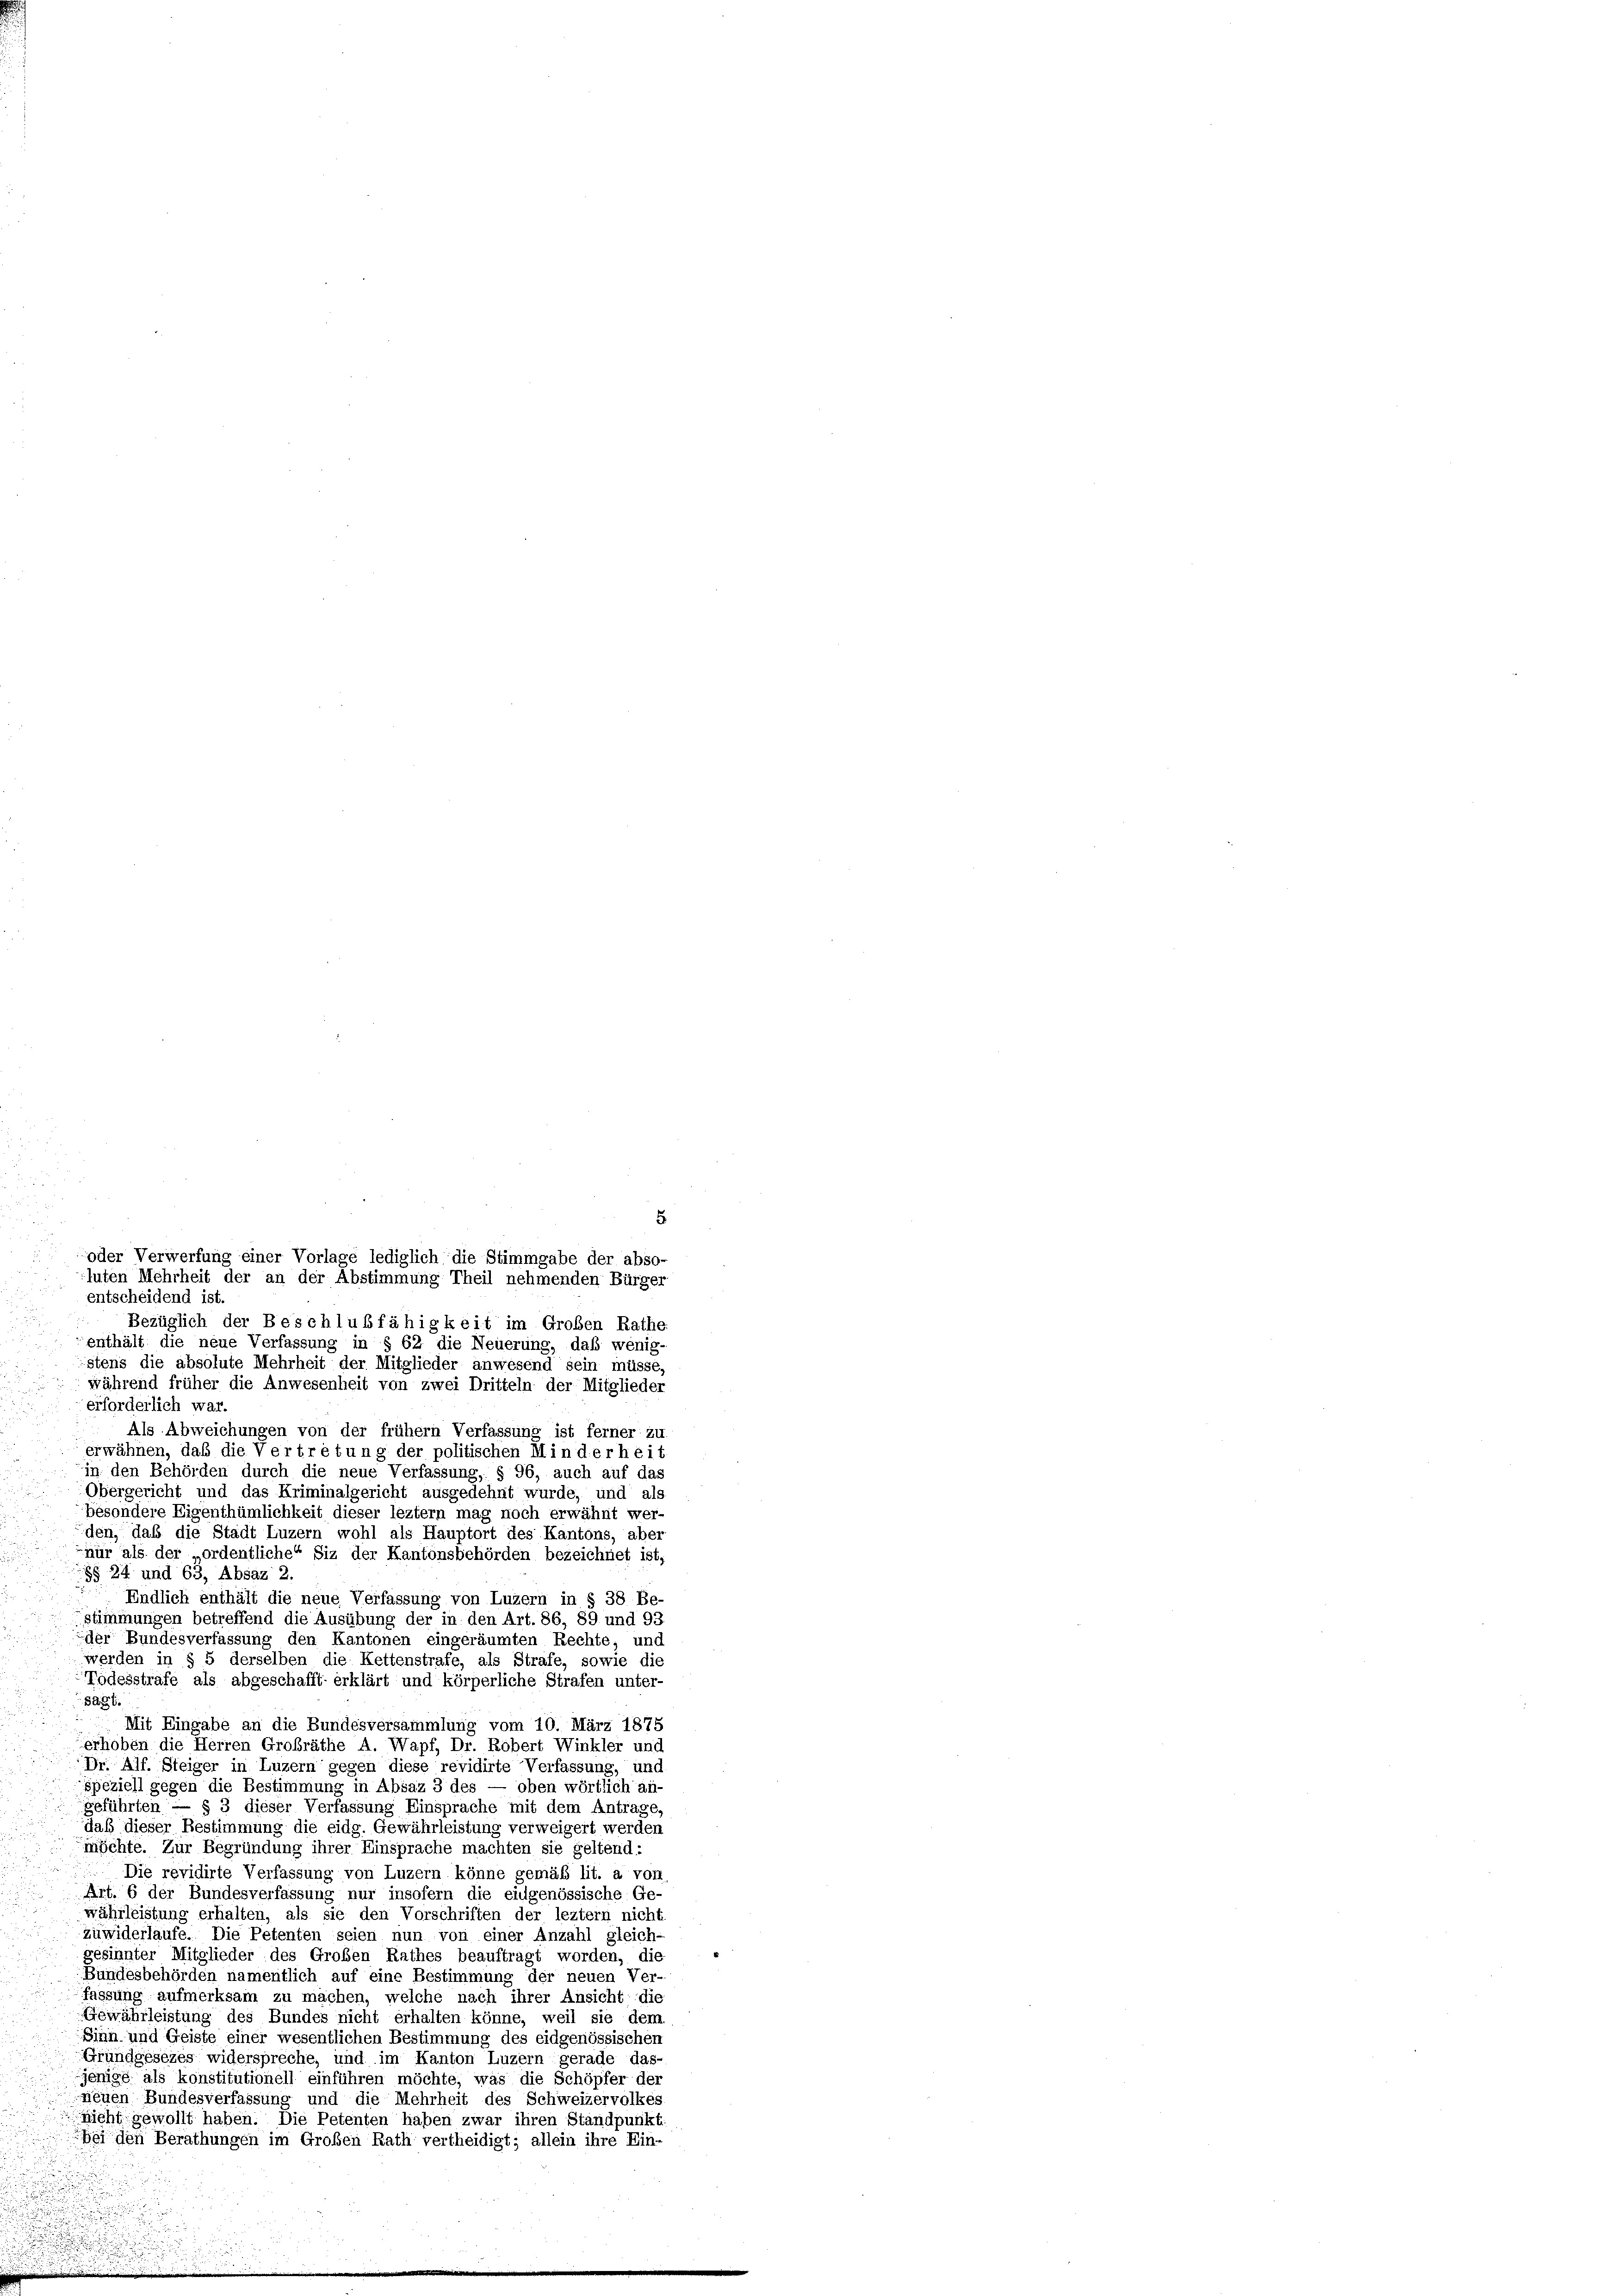
i
5
entscheidend ist.
Bezüglich der Beschlußfähigkeit im Großen Rathe,
enthält die neue Verfassung in § 62 die Neuerung, daß wenig-
istens die absolute Mehrheit der Mitglieder anwesend sein müsse.
während früher die Anwesenheit von zwei Dritteln der Mitglieder
erforderlich war.
Als Abweichungen von der frühem Verfassung ist ferner zu
erwähnen, daß die Vertretung der politischen Minderheit
in den Behörden durch die neue Verfassung, § 96, auch auf das
Obergericht und das Kriminalgericht ausgedehnt wurde, und als
besondere Eigenthümlichkeit dieser leztem mag noch erwähnt wer-
den, daß die Stadt Luzern wohl als Hauptort des Kantons, aber
nür als der ordentliche“ Siz der Kantonsbehörden bezeichnet ist,
§§ 24 und 63, Absaz 2.
Endlich enthält die neue Verfassung von Luzern in § 38 Be-
stimmungen betreffend die Ausübung der in den Art. 86, 89 und 93
der Bundesverfassung den Kantonen eingeräumten Rechte; und
werden in § 5 derselben die Kettenstrafe, als Strafe, sowie die
Todesstrafe als abgeschafft erklärt und körperliche Strafen unter-
sagt.
Mit Eingabe an die Bundesversammlung vom 10. März 1875
erhoben die Herren Großräthe A. Wapf, Dr. Robert Winkler und
Dr. Alf. Steiger in Luzern gegen diese revidirte Verfassung, und
speziell gegen die Bestimmung in Absaz 3 des — oben wörtlich an-
geführten — § 3 dieser Verfassung Einsprache mit dem Antrage,
daß dieser Bestimmung die eidg. Gewährleistung verweigert werden
möchte. Zur Begründung ihrer Einsprache machten sie geltend:
Die revidirte Verfassung von Luzern könne gemäß lit. a von
Art. 6 der Bundesverfassung nur insofern die eidgenössische Ge-
währleistung erhalten, als sie den Vorschriften der leztem nicht
zuwiderlaufe. Die Petenten seien nun von einer Anzahl gleich-
gesinnter Mitglieder des Großen Rathes beauftragt worden, die
Bundesbehörden namentlich auf eine Bestimmung der neuen Ver-
fassung aufmerksam zu machen, welche nach ihrer Ansicht die
Gewährleistung des Bundes nicht erhalten könne, weil sie dem
Sinn- und Geiste einer wesentlichen Bestimmung des eidgenössischen
Grundgesezes widerspreche, und im Kanton Luzern gerade das
jenige als konstitutionell einführen möchte, was die Schöpfer der
neuen Bundesverfassung und die Mehrheit des Schweizervolkes
nicht gewollt haben. Die Petenten haben zwar ihren Standpunkti
bei den Berathungen im Großen Rath vertheidigt; allein ihre Ein-

oder Verwerfung einer Vorlage lediglich die Stimmgabe der abso-
luten Mehrheit der an der Abstimmung Theil nehmenden Bürger